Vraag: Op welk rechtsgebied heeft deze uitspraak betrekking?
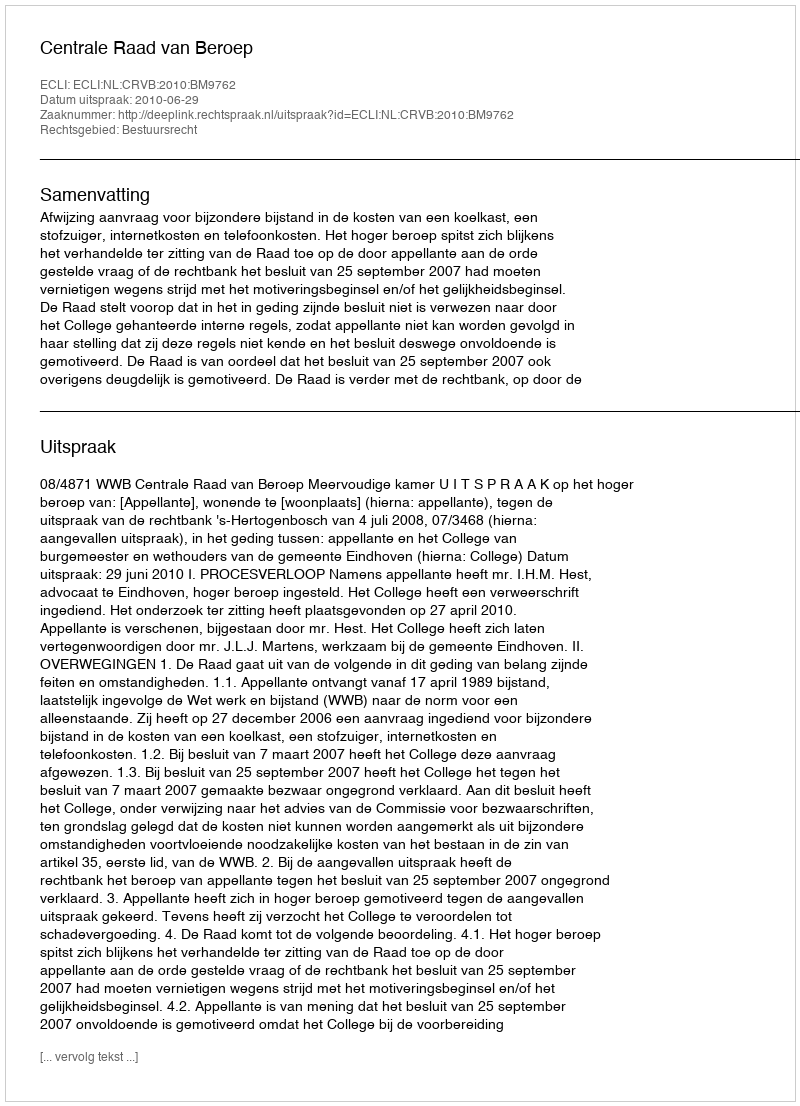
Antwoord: Bestuursrecht